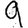
Digit: 9